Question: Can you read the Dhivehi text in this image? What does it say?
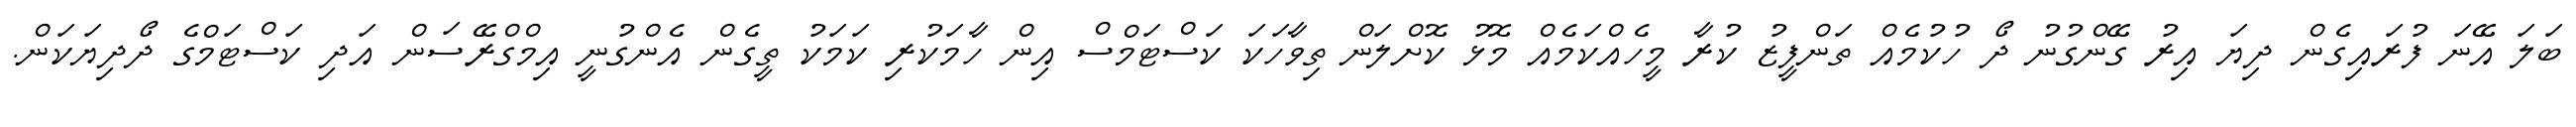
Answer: ބަލަ އޭނަ ފުރައިގެން ދިޔަ އިރު ގޭންގުނު ދޯ ހުކުމެއް ތަންފީޒު ކުރާ މީހެއްކަމެއް މޮޅު ކޮށްލަން ތިވާހަކަ ކަސްޓަމްސް އިން ހާމަކުރި ކަމަކު ތީގެން އެންގުނީ އިމްގްރޭސަން އަދި ކަސްޓަމްގެ ދޯދިޔަކަން.